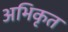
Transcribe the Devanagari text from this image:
अभिकृत